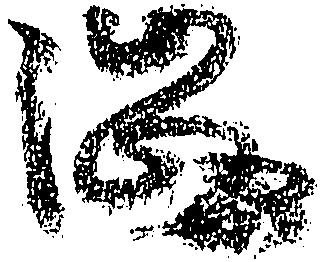
渋